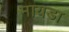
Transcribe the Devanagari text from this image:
मायडा